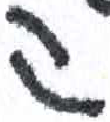
אות: ק